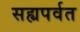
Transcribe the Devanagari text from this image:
सह्यपर्वत